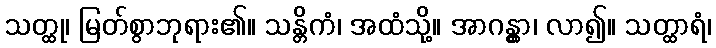
သတ္ထု၊ မြတ်စွာဘုရား၏။ သန္တိကံ၊ အထံသို့။ အာဂန္တွာ၊ လာ၍။ သတ္ထာရံ၊